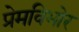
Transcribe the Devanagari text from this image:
प्रेमविभोर